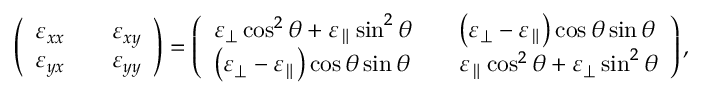
\begin{array} { r } { \left( \begin{array} { l l l } { \varepsilon _ { x x } } & & { \varepsilon _ { x y } } \\ { \varepsilon _ { y x } } & & { \varepsilon _ { y y } } \end{array} \right) = \left( \begin{array} { l l l } { \varepsilon _ { \perp } \cos ^ { 2 } \theta + \varepsilon _ { \parallel } \sin ^ { 2 } \theta } & & { \left( \varepsilon _ { \perp } - \varepsilon _ { \parallel } \right) \cos \theta \sin \theta } \\ { \left( \varepsilon _ { \perp } - \varepsilon _ { \parallel } \right) \cos \theta \sin \theta } & & { \varepsilon _ { \parallel } \cos ^ { 2 } \theta + \varepsilon _ { \perp } \sin ^ { 2 } \theta } \end{array} \right) , } \end{array}